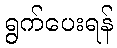
ရွက်ပေးရန်